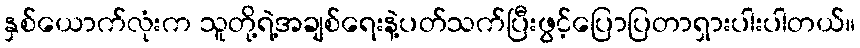
နှစ်ယောက်လုံးက သူတို့ရဲ့အချစ်ရေးနဲ့ပတ်သက်ပြီးဖွင့်ပြောပြတာရှားပါးပါတယ်။